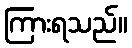
ကြားရသည်။